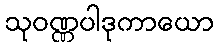
သုဝဏ္ဏပါဒုကာယော